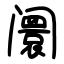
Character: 阛